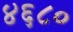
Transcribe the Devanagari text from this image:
४६८०